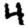
Digit: 4